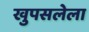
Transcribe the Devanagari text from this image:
खुपसलेला